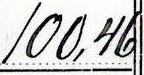
100,46